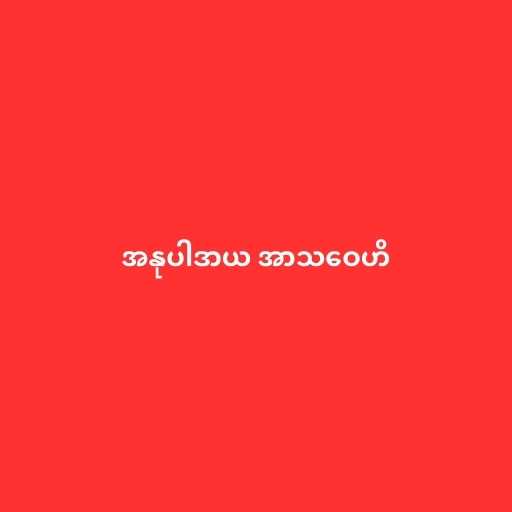
အနုပါဒာယ အာသဝေဟိ